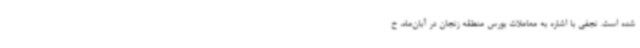
شده است. نجفی با اشاره به معاملات بورس منطقه زنجان در آبان‌ماه، خ